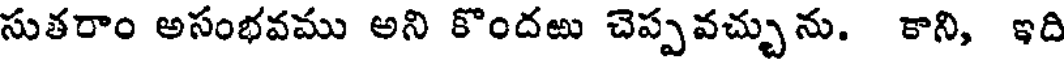
సుతరాం అసంభవము అని కొందఱు చెప్పవచ్చును. కాని, ఇది